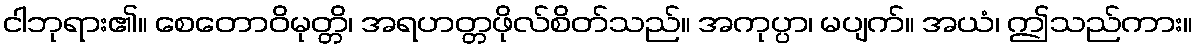
ငါဘုရား၏။ စေတောဝိမုတ္တိ၊ အရဟတ္တဖိုလ်စိတ်သည်။ အကုပ္ပာ၊ မပျက်။ အယံ၊ ဤသည်ကား။